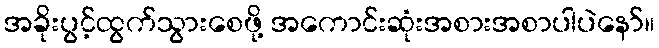
အခိုးပွင့်ထွက်သွားစေဖို့ အကောင်းဆုံးအစားအစာပါပဲနော်။